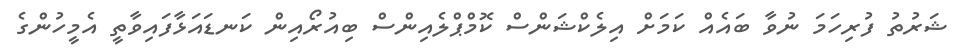
ޝަރުތު ފުރިހަމަ ނުވާ ބައެއް ކަމަށް އިލެކްޝަންސް ކޮމްޕްލެއިންސް ބިއުރޯއިން ކަނޑައަޅާފައިވާތީ އެމީހުންގެ